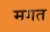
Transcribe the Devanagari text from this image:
मगत